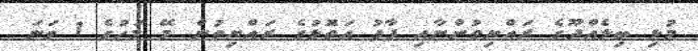
މުޅި ބިލެއްދޫގެ ރައްޔިތުންނާއި ފާފު އަތޮޅުގެ ރައްޔިތުން މޭ މަހުގެ 1 ވަނަ